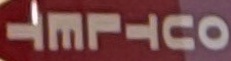
OUTLET